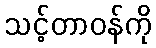
သင့်တာဝန်ကို